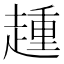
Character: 𧼩